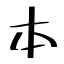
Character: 本